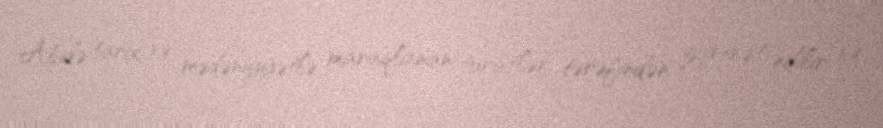
Abidə tarix və mədəniyyətlə maraqlanan turistlər tərəfindən ziyarət edilir və